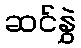
ဆင်နွှဲ